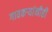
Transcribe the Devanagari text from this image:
गावकऱ्यांनीही